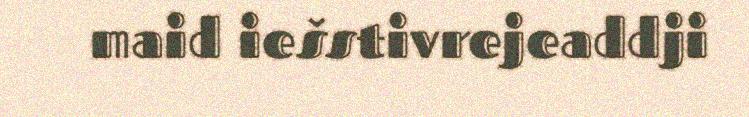
maid iešstivrejeaddji